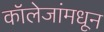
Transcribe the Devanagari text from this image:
कॉलेजांमधून